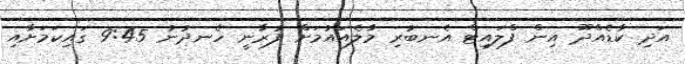
އަދި ކާޑެއްދޫ އިން ފްލައިޓް އެނބުރި މާލެއައުމަށް ފުރާނީ ހެނދުނު 9:45 ގައިކަމަށާއި